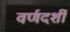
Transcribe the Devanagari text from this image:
वर्णदर्शी